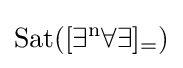
{\rm {{Sat}([\exists ^{n}\forall \exists ]_{=})}}